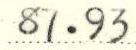
87.93